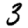
Digit: 3